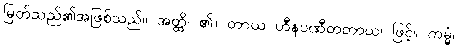
မြတ်သည်၏အဖြစ်သည်။ အတ္ထိ၊ ၏။ တာယ ဟီနပဏီတတာယ၊ ဖြင့်။ ကမ္မံ၊